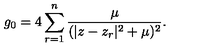
g _ { 0 } = 4 \sum _ { r = 1 } ^ { n } { \frac { \mu } { ( | z - z _ { r } | ^ { 2 } + \mu ) ^ { 2 } } } .